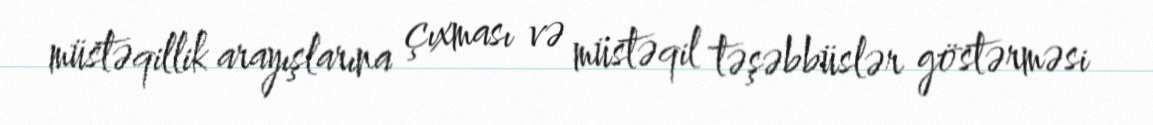
müstəqillik arayışlarına çıxması və müstəqil təşəbbüslər göstərməsi